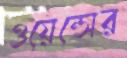
ওয়েন্সের